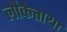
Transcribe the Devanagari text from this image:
लौकेत्ताथा